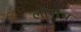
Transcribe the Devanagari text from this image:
लोराच